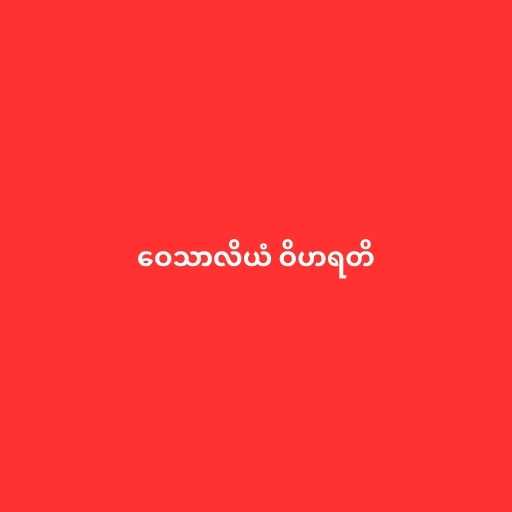
ဝေသာလိယံ ဝိဟရတိ